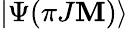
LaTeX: |\Psi({\pi}J\mathbf{M})\rangle